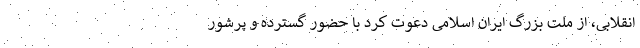
انقلابی، از ملت بزرگ ایران اسلامی دعوت کرد با حضور گسترده و پرشور